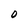
Character: O